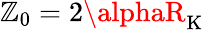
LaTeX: \mathbb{Z}_{0}=2\alphaR_{\mathrm{{K}}}